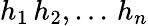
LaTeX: h_{1}\, h_{2},...\, h_{n}